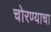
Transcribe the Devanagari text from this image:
चोरण्याचा